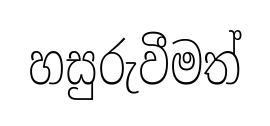
හසුරුවීමත්